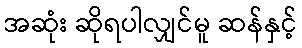
အဆုံး ဆိုရပါလျှင်မူ ဆန်နှင့်